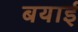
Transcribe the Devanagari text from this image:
बयाई